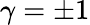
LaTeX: \gamma=\pm 1